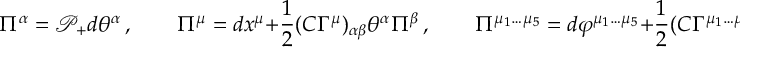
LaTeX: \Pi ^ { \alpha } = \mathcal { P } _ { + } d \theta ^ { \alpha } \, , \qquad \Pi ^ { \mu } = d x ^ { \mu } + { \frac { 1 } { 2 } } ( C \Gamma ^ { \mu } ) _ { \alpha \beta } \theta ^ { \alpha } \Pi ^ { \beta } \, , \qquad \Pi ^ { \mu _ { 1 } \dots \mu _ { 5 } } = d \varphi ^ { \mu _ { 1 } \dots \mu _ { 5 } } + { \frac { 1 } { 2 } } ( C \Gamma ^ { \mu _ { 1 } \dots \mu _ { 5 } } ) _ { \alpha \beta } \theta ^ { \alpha } \Pi ^ { \beta } \, .